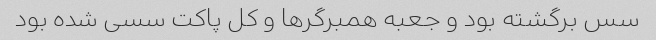
سس برگشته بود و جعبه همبرگرها و کل پاکت سسی شده بود